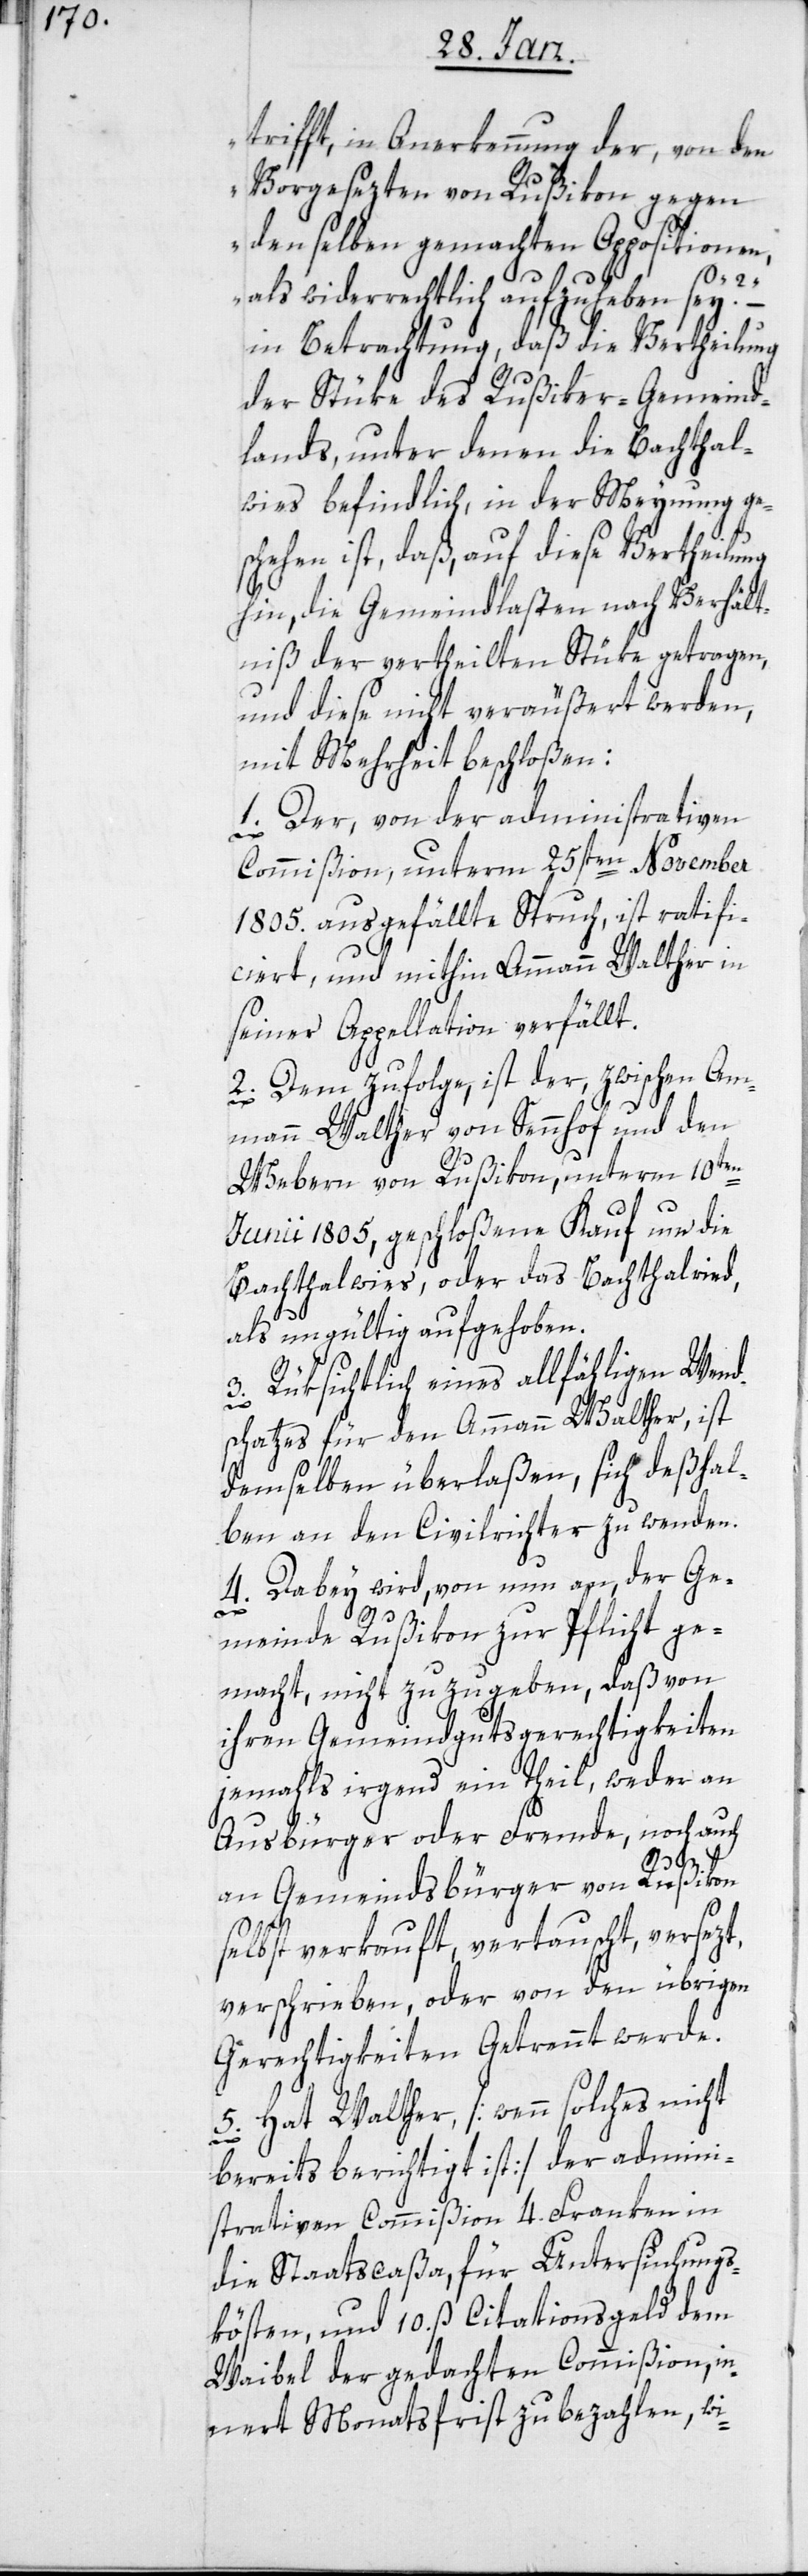
trifft, in Anerkennung der, von den
Vorgesezten von Rußikon gegen
denselben gemachten Oppositionen,
als wiederrechtlich aufzuheben sey?“
–
in Betrachtung, daß die Vertheilung
der Stüke des Rußiker-Gemeind¬
lands, unter denen die Bachthal¬
wies befindlich, in der Meynung ges¬
chehen ist, daß, auf diese Vertheilung
hin, die Gemeindlasten nach Verhält¬
niß der vertheilten Stüke getragen,
und diese nicht veräußert werden,
mit Mehrheit beschloßen:
1. Der, von der administrativen
Commißion, unterm 25sten November
1805. ausgefällte Spruch, ist ratifi¬
ciert und mithin Ammann Walther in
seiner Appellation verfällt.
2. Dem zufolge, ist der, zwischen Am¬
mann Walther von Sennhof und den
Webern von Rußikon, unterm 10ten
Junii 1805, geschloßene Kauf um die
Bachthalwies, oder das Bachthalried,
als ungültig aufgehoben.
3. Rüksichtlich eines allfähligen Wend¬
schatzes für den Ammann Walther, ist
demselben überlaßen, sich deßhal¬
ben an den Civilrichter zu wenden.
4. Dabey wird, von nun an, der Ge¬
meinde Rußikon zur Pflicht ge¬
macht, nicht zuzugeben, daß von
ihren Gemeindgutsgerechtigkeiten
jemahls irgend ein Theil, weder an
Ausbürger oder Fremde, noch auch
an Gemeindsbürger von Rußikon
selbst verkauft, vertauscht, versezt,
verschrieben, oder von den übrigen
Gerechtigkeiten getrennt werde.
5. Hat Walther, [wenn solches nicht
bereits berichtigt ist] der admini¬
strativen Commißion 4. Franken in
die Staatscaßa, für Untersuchungs¬
kösten und 10. ß Citationsgeld dem
Waibel der gedachten Commißion, i¬
nnert Monatsfrist zu bezahlen, wi-